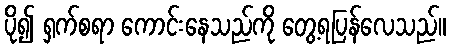
ပို၍ ရှက်စရာ ကောင်းနေသည်ကို တွေ့ရပြန်လေသည်။